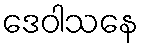
ဒေဝါသနေ